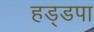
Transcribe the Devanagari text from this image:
हड्डपा